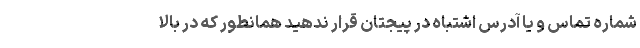
شماره تماس و یا آدرس اشتباه در پیجتان قرار ندهید همانطور که در بالا